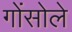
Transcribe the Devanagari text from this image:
गोंसोले